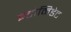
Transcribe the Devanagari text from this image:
इटोमिडेट